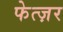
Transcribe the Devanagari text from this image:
फेत्ज़र